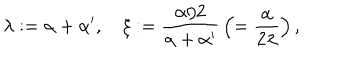
\lambda : = \alpha + \alpha ^ { \prime } , \quad \xi : = { \frac { \alpha / 2 } { \alpha + \alpha ^ { \prime } } } \left( = { \frac { \alpha } { 2 \lambda } } \right) ,